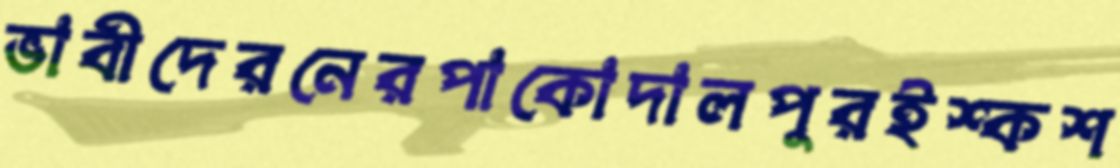
ভাবীদেরনেরপাকোদালপুরইশ্কশ